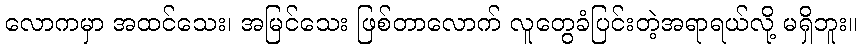
လောကမှာ အထင်သေး၊ အမြင်သေး ဖြစ်တာလောက် လူတွေခံပြင်းတဲ့အရာရယ်လို့ မရှိဘူး။